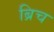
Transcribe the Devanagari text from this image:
ब्रिच